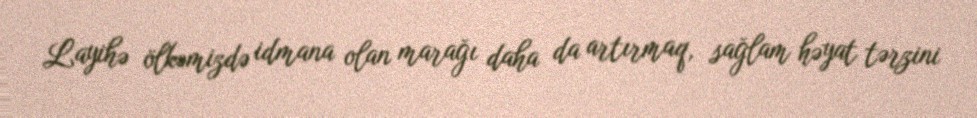
Layihə ölkəmizdə idmana olan marağı daha da artırmaq, sağlam həyat tərzini